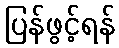
ပြန်ဖွင့်ရန်